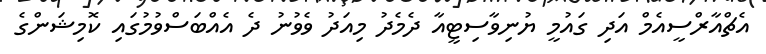
އެޗްއާރްސީއެމް އަދި ގައުމީ ޔުނިވާސިޓީއާ ދެމެދު މިއަދު ވެވުނު ދެ އެއްބަސްވުމުގައި ކޮމިޝަންގެ